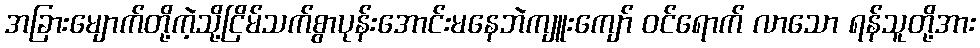
အခြားမျောက်တို့ကဲ့သို့ငြိမ်သက်စွာပုန်းအောင်းမနေဘဲကျူးကျော် ဝင်ရောက် လာသော ရန်သူတို့အား